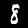
Label: 8